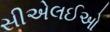
સીએલઈઓ